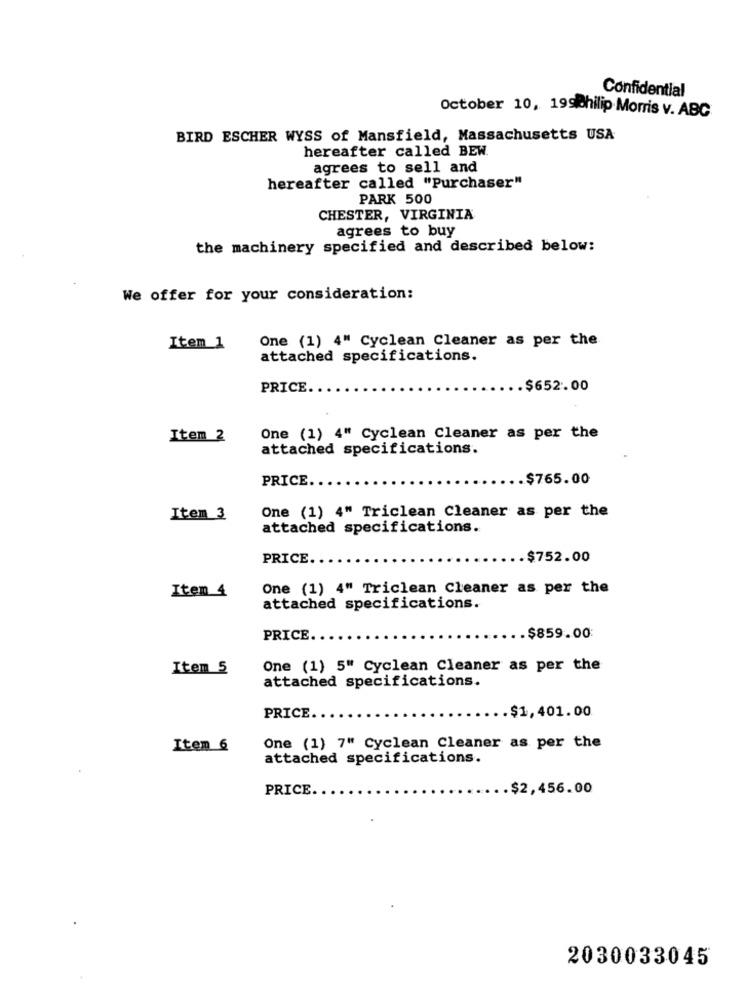
Confidential
October 10, 199Philip Morris v. ABC
BIRD ESCHER WYSS of Mansfield, Massachusetts USA
hereafter called BEW.
agrees to sell and
hereafter called "Purchaser"
PARK 500
CHESTER, VIRGINIA
agrees to buy
the machinery specified and described below:
We offer for your consideration:
One (1) 4" Cyclean Cleaner as per the
Item_1
attached specifications.
PRICE.
$652.00
Item 2
One (1) 4" Cyclean Cleaner as per the
attached specifications.
PRICE.
.$765.00
Item 3
One (1) 4" Triclean Cleaner as per the
attached specifications.
PRICE.
.$752.00
One (1) 4" Triclean Cleaner as per the
Iten 4
attached specifications.
PRICE
.$859.00
Item 5
One (1) 5" Cyclean Cleaner as per the
attached specifications.
PRICE
.$1,401.00
Item 6
One (1) 7" Cyclean Cleaner as per the
attached specifications.
PRICE.
.$2,456.00
2030033045